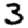
Digit: 3